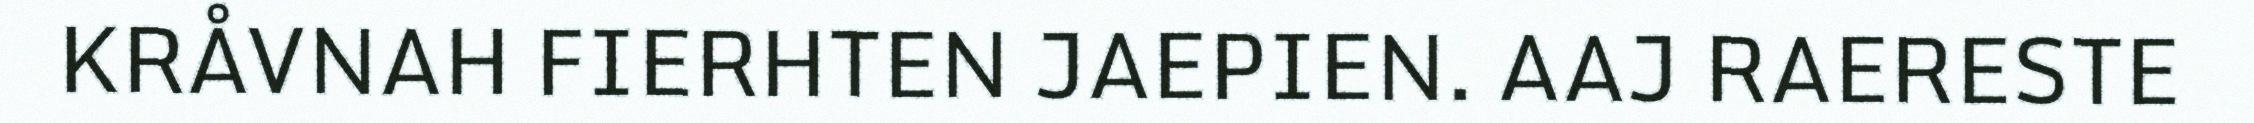
KRÅVNAH FIERHTEN JAEPIEN. AAJ RAERESTE